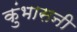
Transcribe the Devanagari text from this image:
कुंभासनी